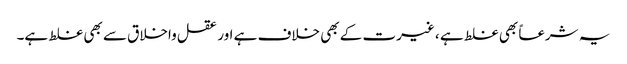
یہ شرعاً بھی غلط ہے ، غیرت کے بھی خلاف ہے اور عقل واخلاق سے بھی غلط ہے۔